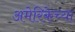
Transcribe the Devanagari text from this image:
अमेरिकेच्या